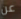
عن